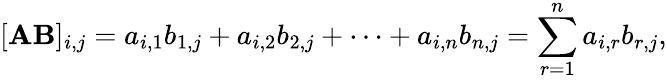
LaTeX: [\mathbf{AB}]_{i,j}=a_{i,1}b_{1,j}+a_{i,2}b_{2,j}+\cdots+a_{i,n}b_{n,j}=\sum_{r=1}^{n}a_{i,r}b_{r,j},